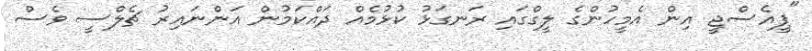
"ޕީއެސްޖީ އިން އެމީހުންގެ ލީގްގައި ރަނގަޅު ކުޅުމެއް ދައްކަމުން އަންނައިރު ޗެލްސީ ވެސް